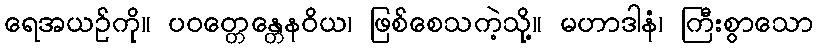
ရေအယဉ်ကို။ ပဝတ္တေန္တေနဝိယ၊ ဖြစ်စေသကဲ့သို့။ မဟာဒါနံ၊ ကြီးစွာသော